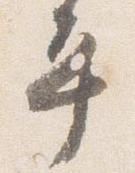
平